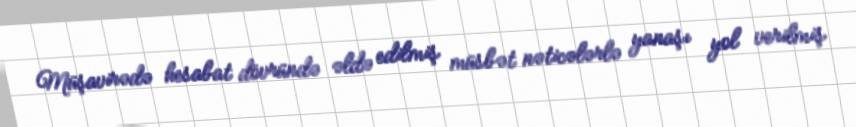
Müşavirədə hesabat dövründə əldə edilmiş müsbət nəticələrlə yanaşı yol verilmiş